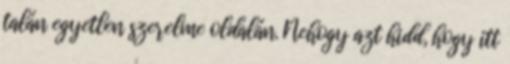
talán egyetlen szerelme oldalán. Nehogy azt hidd, hogy itt